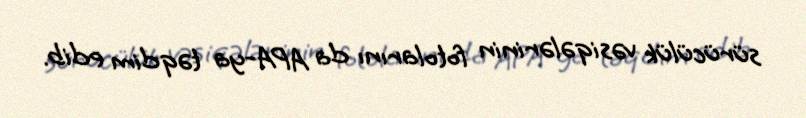
sürücülük vəsiqələrinin fotolarını da APA-ya təqdim edib.